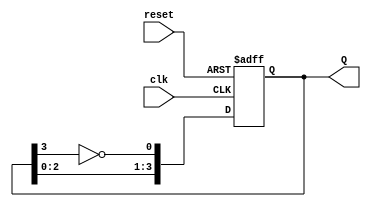
module JohnsonCounter (
    input wire clk,           // Clock input
    input wire reset,         // Asynchronous reset
    output reg [3:0] Q        // 4-bit output
);

// Sequential logic for Johnson counter
always @(posedge clk or posedge reset) begin
    if (reset) begin
        Q <= 4'b0000; // Reset output to 0000
    end else begin
        Q[0] <= ~Q[3]; // D0 receives inverted Q3
        Q[1] <= Q[0];  // D1 receives Q0
        Q[2] <= Q[1];  // D2 receives Q1
        Q[3] <= Q[2];  // D3 receives Q2
    end
end

endmodule